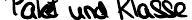
Paket und Klasse